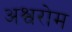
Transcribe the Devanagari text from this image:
अश्वरोम